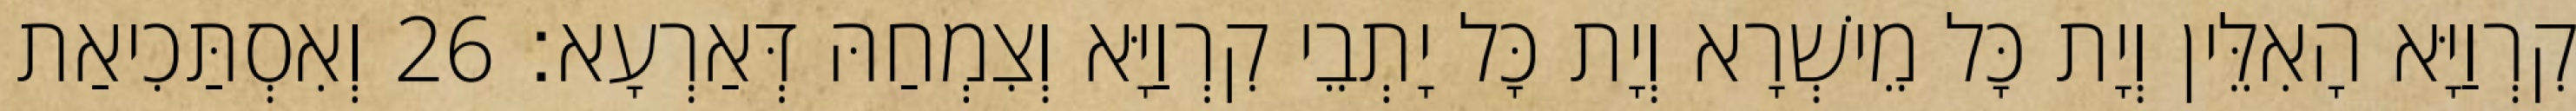
קִרְוַיָּא הָאִלֵּין וְיָת כָּל מֵישְׁרָא וְיָת כָּל יָתְבֵי קִרְוַיָּא וְצִמְחַהּ דְּאַרְעָא׃ 26 וְאִסְתַּכִיאַת